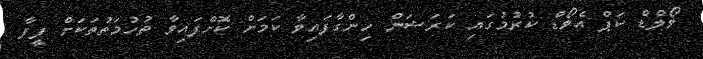
ވޯލްޑް ކަޕް އެވޯޑް ކުރުމުގައި ކަރަޝަން ހިންގާފައިވާ ކަމަށް ކޮށްފައިވާ ތުހުމަތުތަކަށް ފީފާ